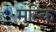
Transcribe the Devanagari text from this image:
मुल्कि